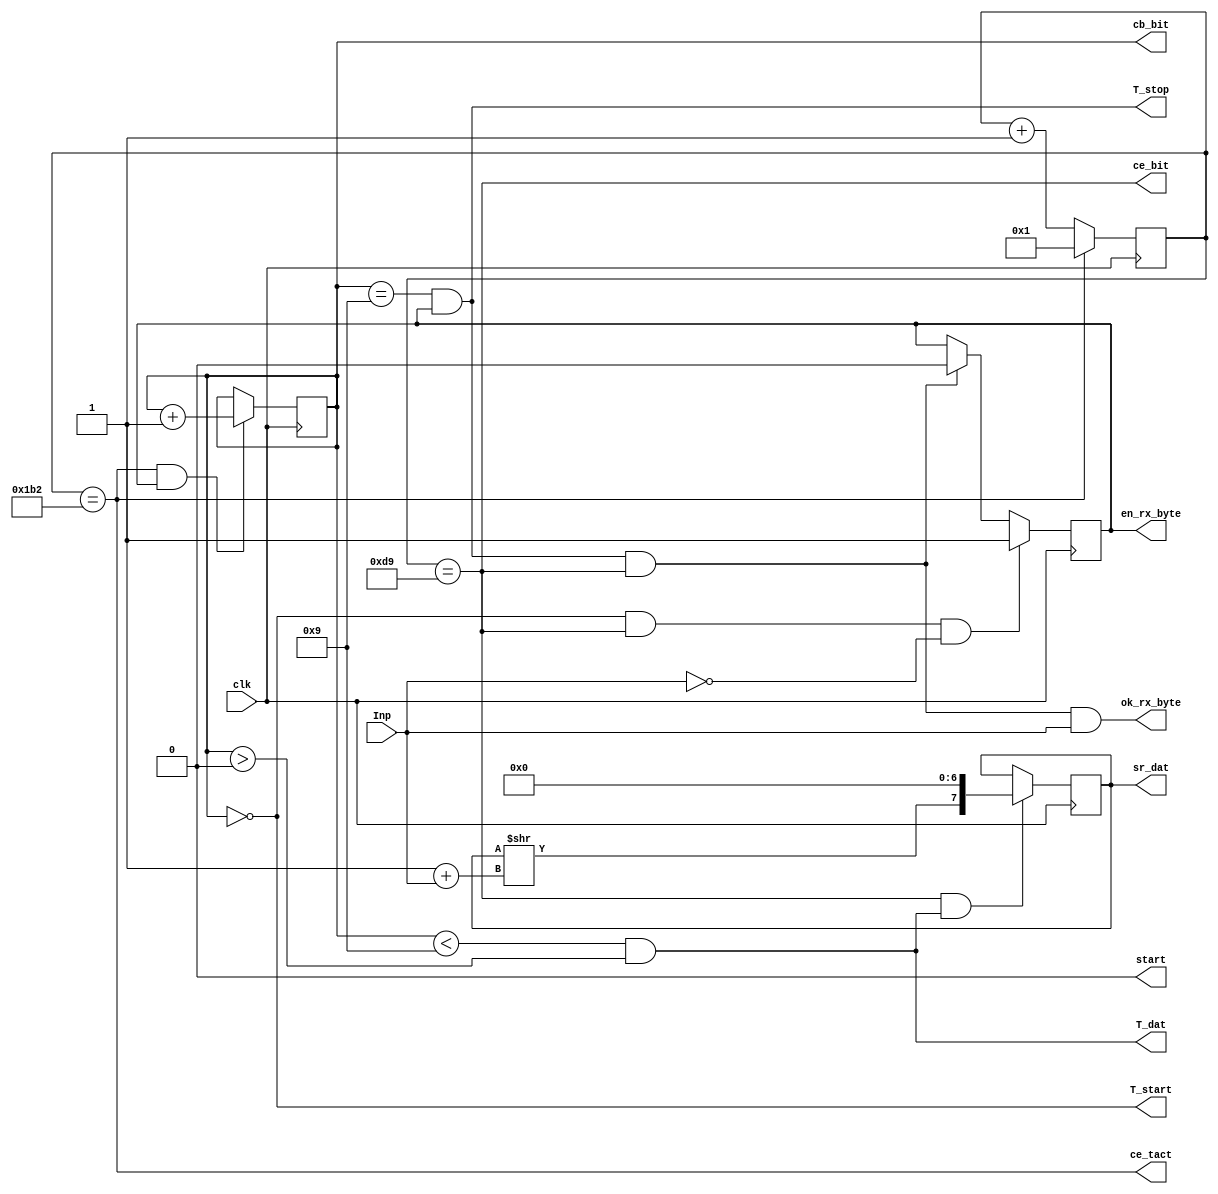
module URXD1B(input Inp,
					input clk,
					output reg en_rx_byte=0,
					output reg [7:0] sr_dat = 0,
					output reg [3:0] cb_bit=0,
					output wire ce_bit,
					output wire ce_tact,
					output wire T_start,
					output wire T_dat,
					output wire T_stop,
					output wire ok_rx_byte,
					output wire start
);
parameter Fclk=50000000 ; //50 MHz
parameter VEL = 115200 ; //115.2 kBod (  1 )
parameter Nt = Fclk/VEL ; //~434

reg [15:0]cb_tact=0 ; // 
reg old_Inp = 0;

assign ce_bit = (cb_tact == Nt>>1);
assign ce_tact = (cb_tact == Nt);
assign T_start = (cb_bit == 0);
assign T_dat = (cb_bit<9) & (cb_bit>0);
assign T_stop = ((cb_bit==9) & en_rx_byte);
assign ok_rx_byte = T_stop & ce_bit & Inp;
assign start = old_Inp & !Inp & !en_rx_byte;

always @(posedge clk) begin
cb_tact <= (start | ce_tact) ? 1 : cb_tact+1;
cb_bit <= start ? 0 : ((ce_tact & en_rx_byte) ? cb_bit+1 : cb_bit);
en_rx_byte <= (T_start & ce_bit & !Inp) ? 1 : ((ce_bit & T_stop) ? 0 : en_rx_byte);
sr_dat <= (ce_bit & T_dat) ? (sr_dat>>1 + Inp<<7) : sr_dat;
end
endmodule